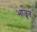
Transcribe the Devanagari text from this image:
भा़जून